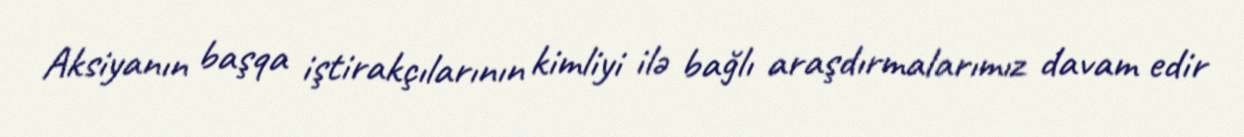
Aksiyanın başqa iştirakçılarının kimliyi ilə bağlı araşdırmalarımız davam edir